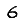
Digit: 6